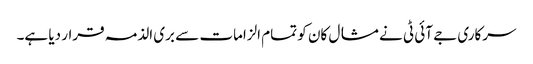
سرکاری جے آئی ٹی نے مشال کان کو تمام الزامات سے بری الذمہ قرار دیا ہے۔